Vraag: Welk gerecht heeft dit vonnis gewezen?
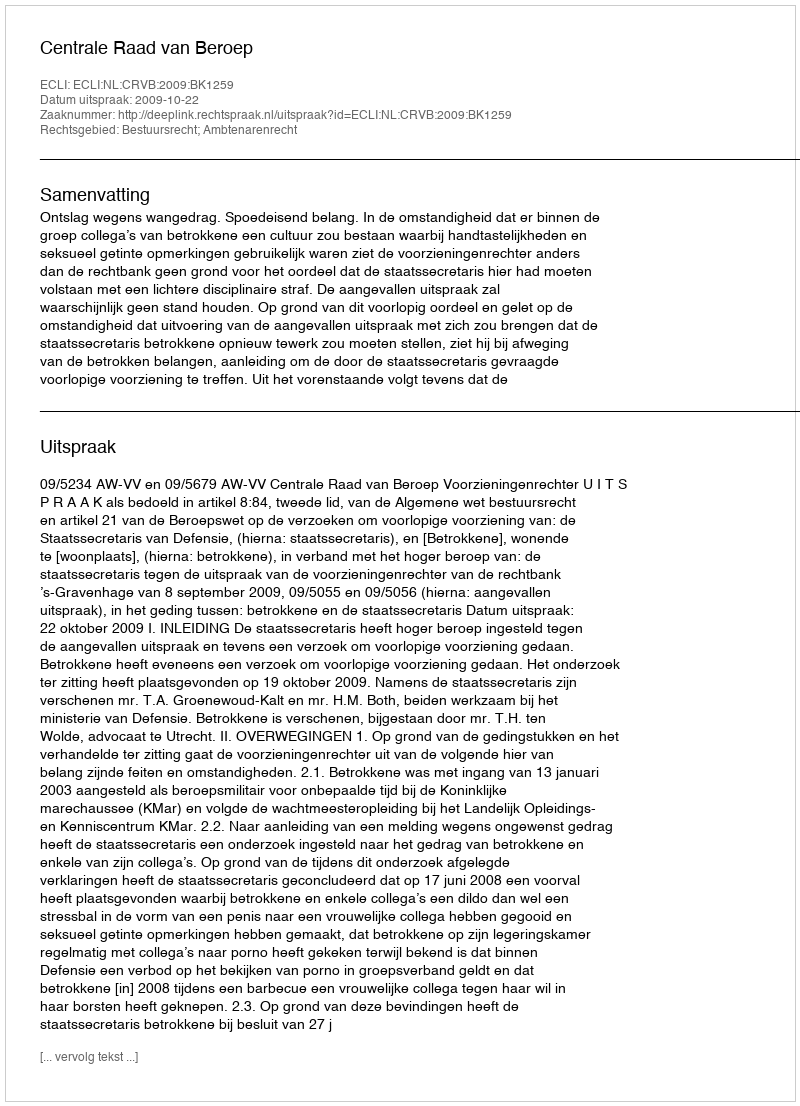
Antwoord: Centrale Raad van Beroep